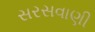
સરસવાણી